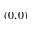
( 0 , 0 )